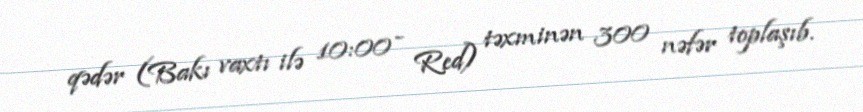
qədər (Bakı vaxtı ilə 10:00 - Red) təxminən 300 nəfər toplaşıb.